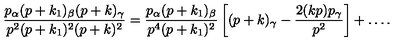
\frac { p _ { \alpha } ( p + k _ { 1 } ) _ { \beta } ( p + k ) _ { \gamma } } { p ^ { 2 } ( p + k _ { 1 } ) ^ { 2 } ( p + k ) ^ { 2 } } = \frac { p _ { \alpha } ( p + k _ { 1 } ) _ { \beta } } { p ^ { 4 } ( p + k _ { 1 } ) ^ { 2 } } \left[ ( p + k ) _ { \gamma } - \frac { 2 ( k p ) p _ { \gamma } } { p ^ { 2 } } \right] + \ldots .